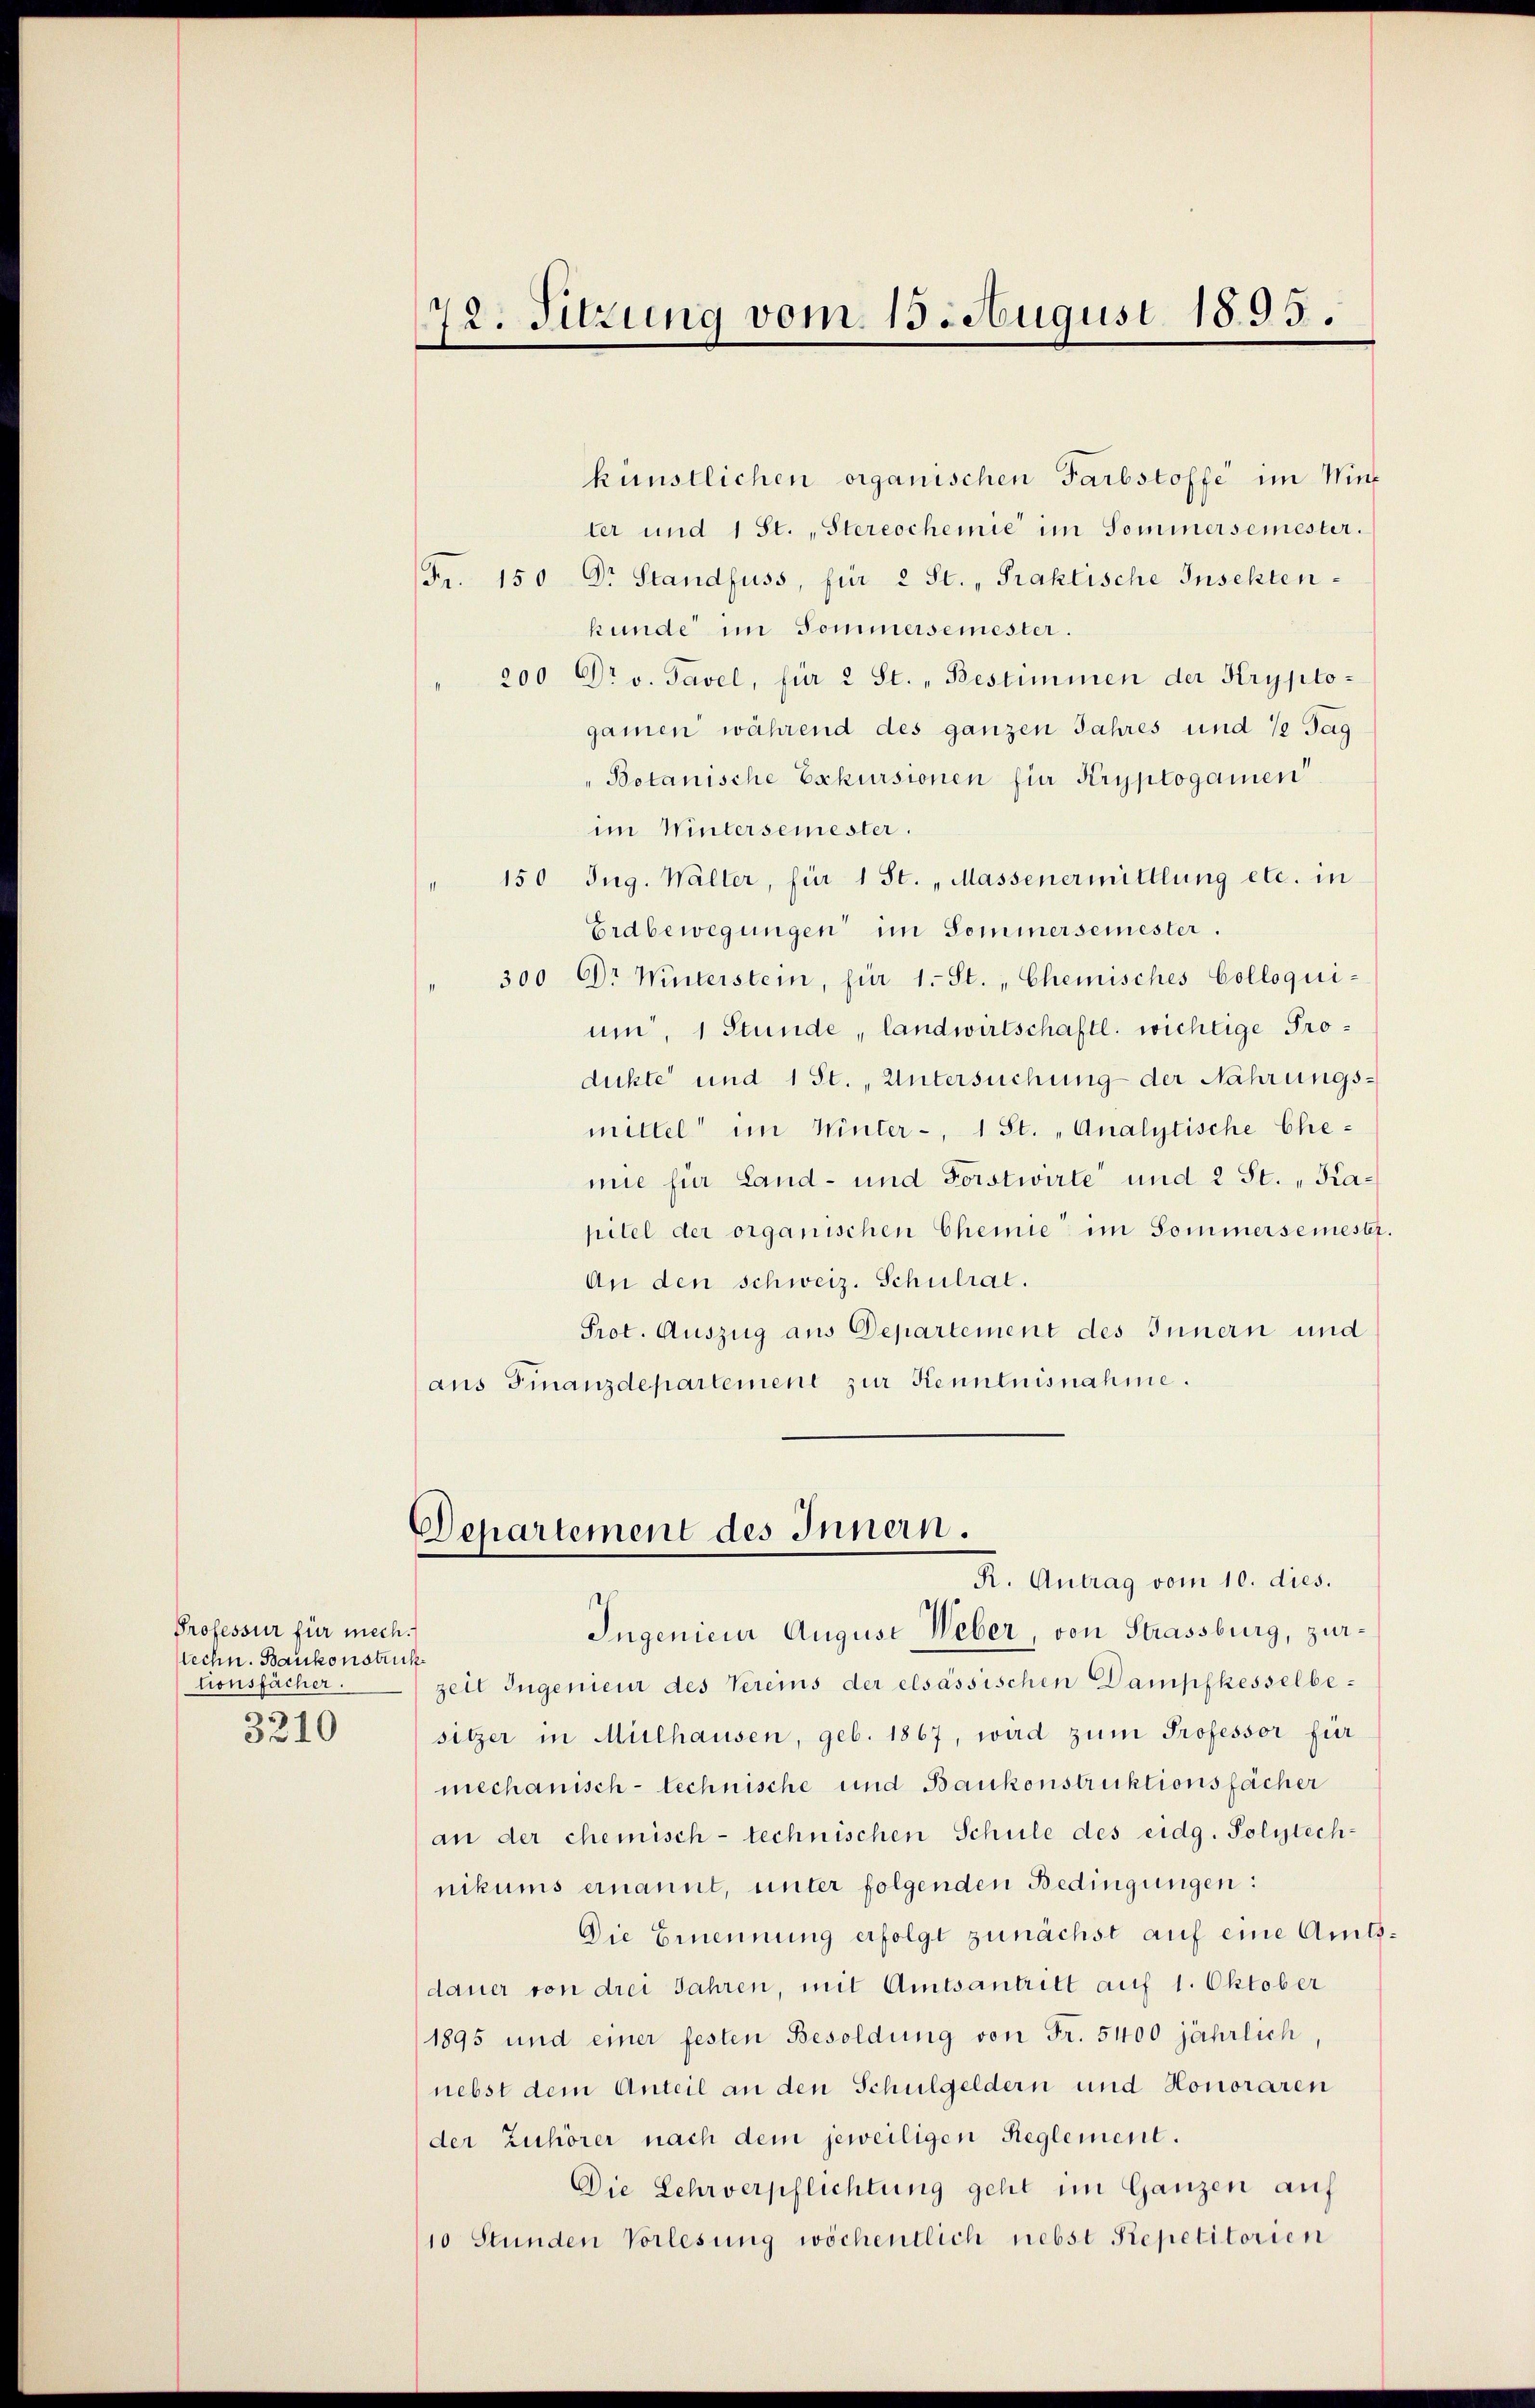
Professur für mech.
techn. Bankonstruck
tionsfächer.
s
3210

künstlichen organischen Farbstoffe im Winter und 1 St., Stereochemie im Sommersemester.
Fr. 150 Dr Standfuss, für 2 St. Praktische Inschten
kunde im Sommersemester.
200 Dr v. Tavel, für 2 St. „Bestimmen der Krypto-
gamen während des ganzen Jahres und 12 Tag
Botanische Exkursionen für Kryptogamen
im Wintersemester.
150 Ing. Waller, für 1 St. „Massenermittlung etc. in
Erdbewegungen im Sommersemester.
300 Dr Winterstein, für 1. St. " Chemisches Colloqui-
um, 1 Stunde, landwirtschaftl. wichtige Prodikte und 1 St., Untersuchung der Nahrungsmittel im Winter -, 1 St. „Analytische Ehemie für Land- und Forstwirte und 2 St. Kapitel der organischen Chemie im Sommersemester.
An den schweiz. Schulrat.
Prot. Auszug aus Departement des Innern und
aus Finanzdepartement zur Kenntnisnahme.

72. Sitzung vom 15. August 1895.

Departement des Innern.
R. Antrag vom 10. dies.

Ingenieur August Weber von Strassburg, zurzeit Ingenieur des Vereins der elsassischen Dampfkesselbesitzer in Mülhausen, geb. 1867, wird zŭm Professor für
mechanisch-technische und Baukonstruktionsfächer
an der chemisch-technischen Schule des eidg. Polytech-
nikums ernannt, unter folgenden Bedingungen:
Die Ernennung erfolgt zunächst auf eine Amtsdauer von drei Jahren, mit Amtsantritt auf 1. Oktober
1895 und einer festen Besoldung von Fr. 5400 jährlich,
nebst dem Anteil an den Schulgeldern und Honoraren
der Zuhörer nach dem jeweiligen Reglement.
Die Lehrverpflichtung geht im Ganzen auf
10 Stunden Vorlesung wöchentlich nebst Repetitorien